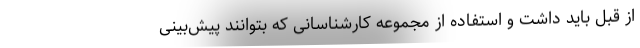
از قبل باید داشت و استفاده از مجموعه کارشناسانی که بتوانند پیش‌بینی